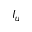
I _ { u }